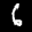
Label: 6